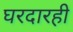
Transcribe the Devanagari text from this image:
घरदारही